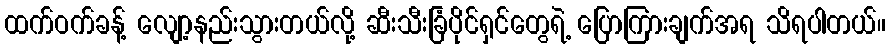
ထက်ဝက်ခန့် လျော့နည်းသွားတယ်လို့ ဆီးသီးခြံပိုင်ရှင်တွေရဲ့ ပြောကြားချက်အရ သိရပါတယ်။